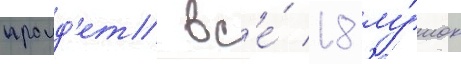
проид'ет вс'е́ 18 лу́нок